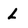
Character: L